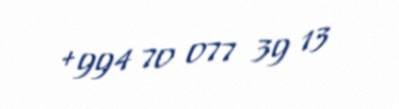
+994 70 077 39 13